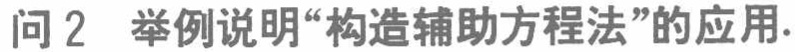
问 2 举例说明“构造辅助方程法”的应用.